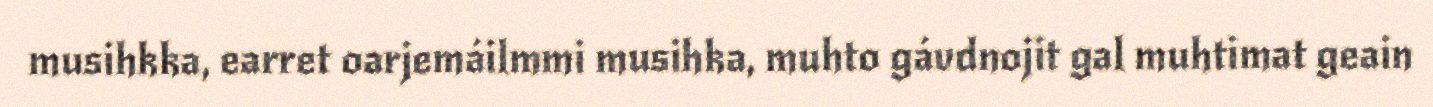
musihkka, earret oarjemáilmmi musihka, muhto gávdnojit gal muhtimat geain